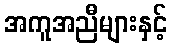
အကူအညီများနှင့်